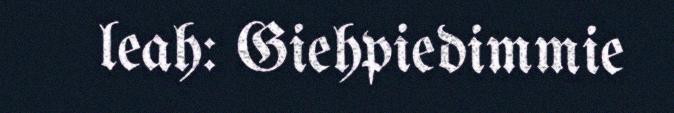
leah: Giehpiedimmie